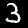
Digit: 3